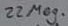
Text: 22Meg.